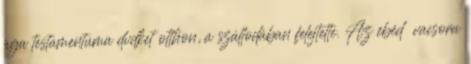
aga testamentuma dvdket otthon, a szállodában felejtette. Az ebéd vacsora